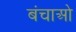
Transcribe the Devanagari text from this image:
बंचाओ